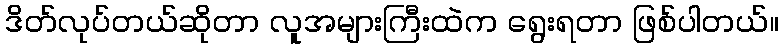
ဒိတ်လုပ်တယ်ဆိုတာ လူအများကြီးထဲက ရွေးရတာ ဖြစ်ပါတယ်။